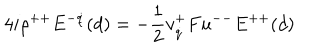
4 i \rho ^ { + + } E ^ { - \dot { q } } ( d ) = - { \frac { 1 } { 2 } } v _ { \dot { q } } ^ { + } F u ^ { -- } E ^ { + + } ( d )